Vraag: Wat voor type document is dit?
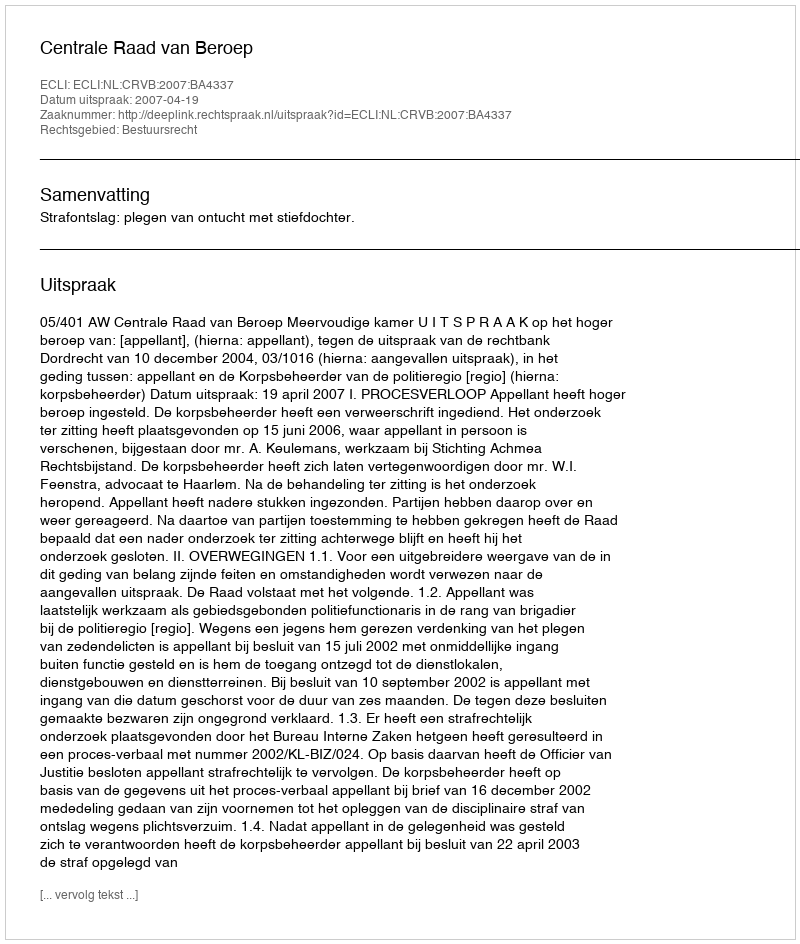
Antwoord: Uitspraak